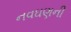
નવઘણની